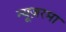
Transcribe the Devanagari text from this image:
न्यूज़रमा